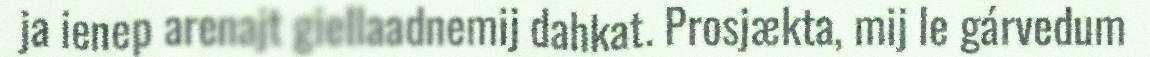
ja ienep arenajt giellaadnemij dahkat. Prosjækta, mij le gárvedum